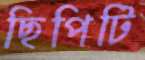
ছিপিটি